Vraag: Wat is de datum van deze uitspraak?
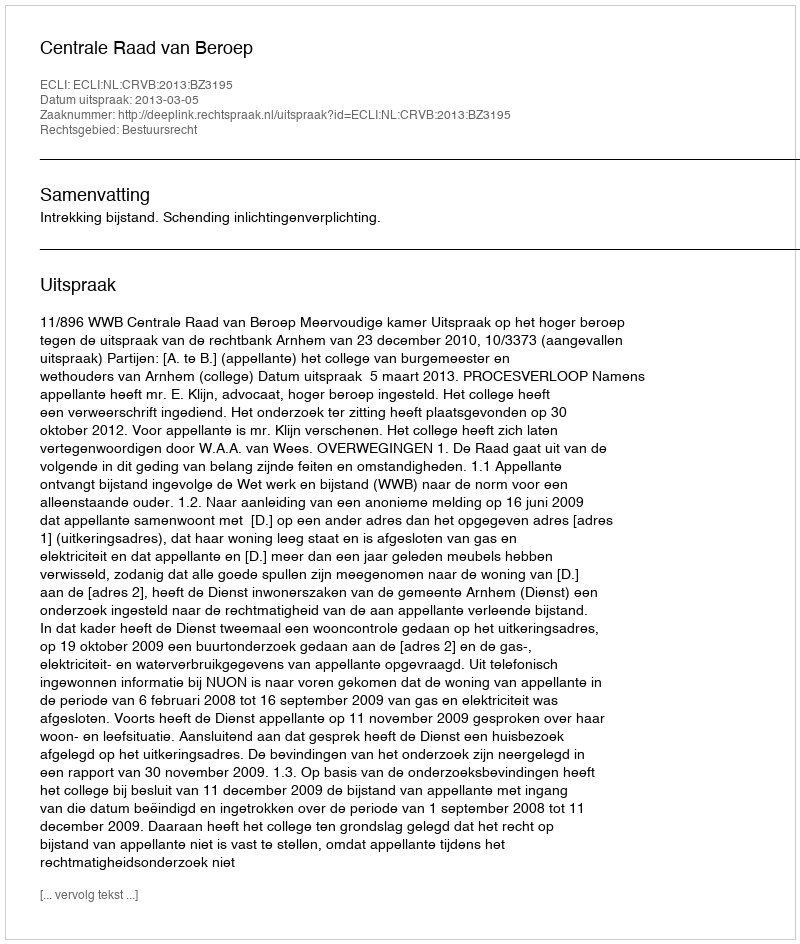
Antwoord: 2013-03-05